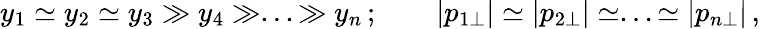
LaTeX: y_{1}\simeq y_{2}\simeq y_{3}\gg y_{4}\gg...\gg y_{n}\, ;\qquad|p_{1\perp}|\simeq|p_{2\perp}|\simeq...\simeq|p_{n\perp}|\, ,